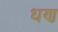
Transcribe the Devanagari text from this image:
धण